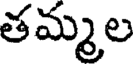
తమ్మల